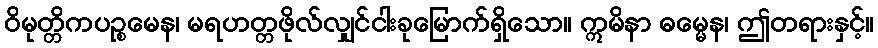
ဝိမုတ္တိကပဉ္စမေန၊ မရဟတ္တဖိုလ်လျှင်ငါးခုမြောက်ရှိသော။ ဣမိနာ ဓမ္မေန၊ ဤတရားနှင့်။